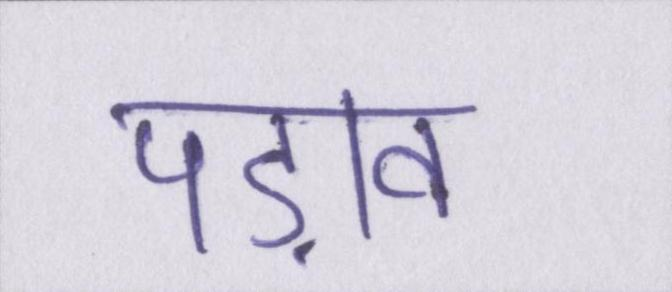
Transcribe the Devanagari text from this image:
पड़ाव